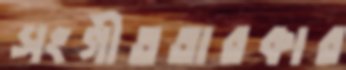
সংগীততারকার